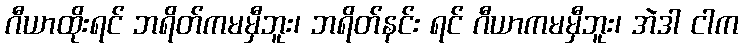
ဂီယာထိုးရင် ဘရိတ်ကမမှီဘူး၊ ဘရိတ်နင်း ရင် ဂီယာကမမှီဘူး၊ အဲဒါ ငါက